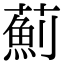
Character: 薊